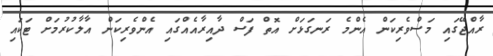
ރާއްޖޭގައި މަސްވެރިކަން އެންމެ ރަނގަޅަށް އޮތް ފަސް ދާއިރާއެއްގައި އެންވެރިކަން އާލާކުރުމަށް ޓަކައި